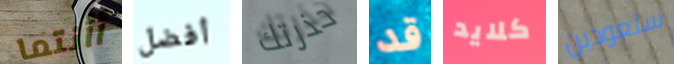
أأنتما أفضل حذرتك قد كلايد ستعودين